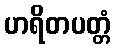
ဟရိတပတ္တံ